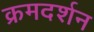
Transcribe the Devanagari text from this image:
क्रमदर्शन